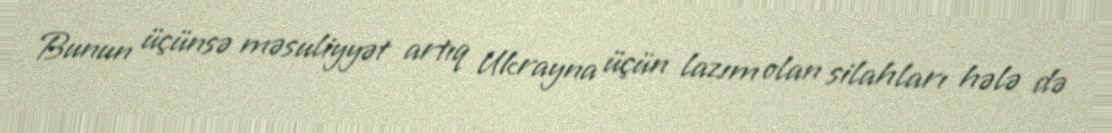
Bunun üçünsə məsuliyyət artıq Ukrayna üçün lazım olan silahları hələ də